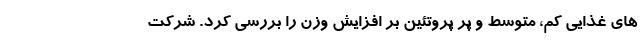
های غذایی کم، متوسط و پر پروتئین بر افزایش وزن را بررسی کرد. شرکت